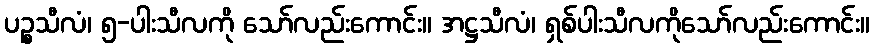
ပဉ္စသီလံ၊ ၅-ပါးသီလကို သော်လည်းကောင်း။ အဋ္ဌသီလံ၊ ရှစ်ပါးသီလကိုသော်လည်းကောင်း။